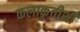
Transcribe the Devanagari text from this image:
कलाकृतीशी